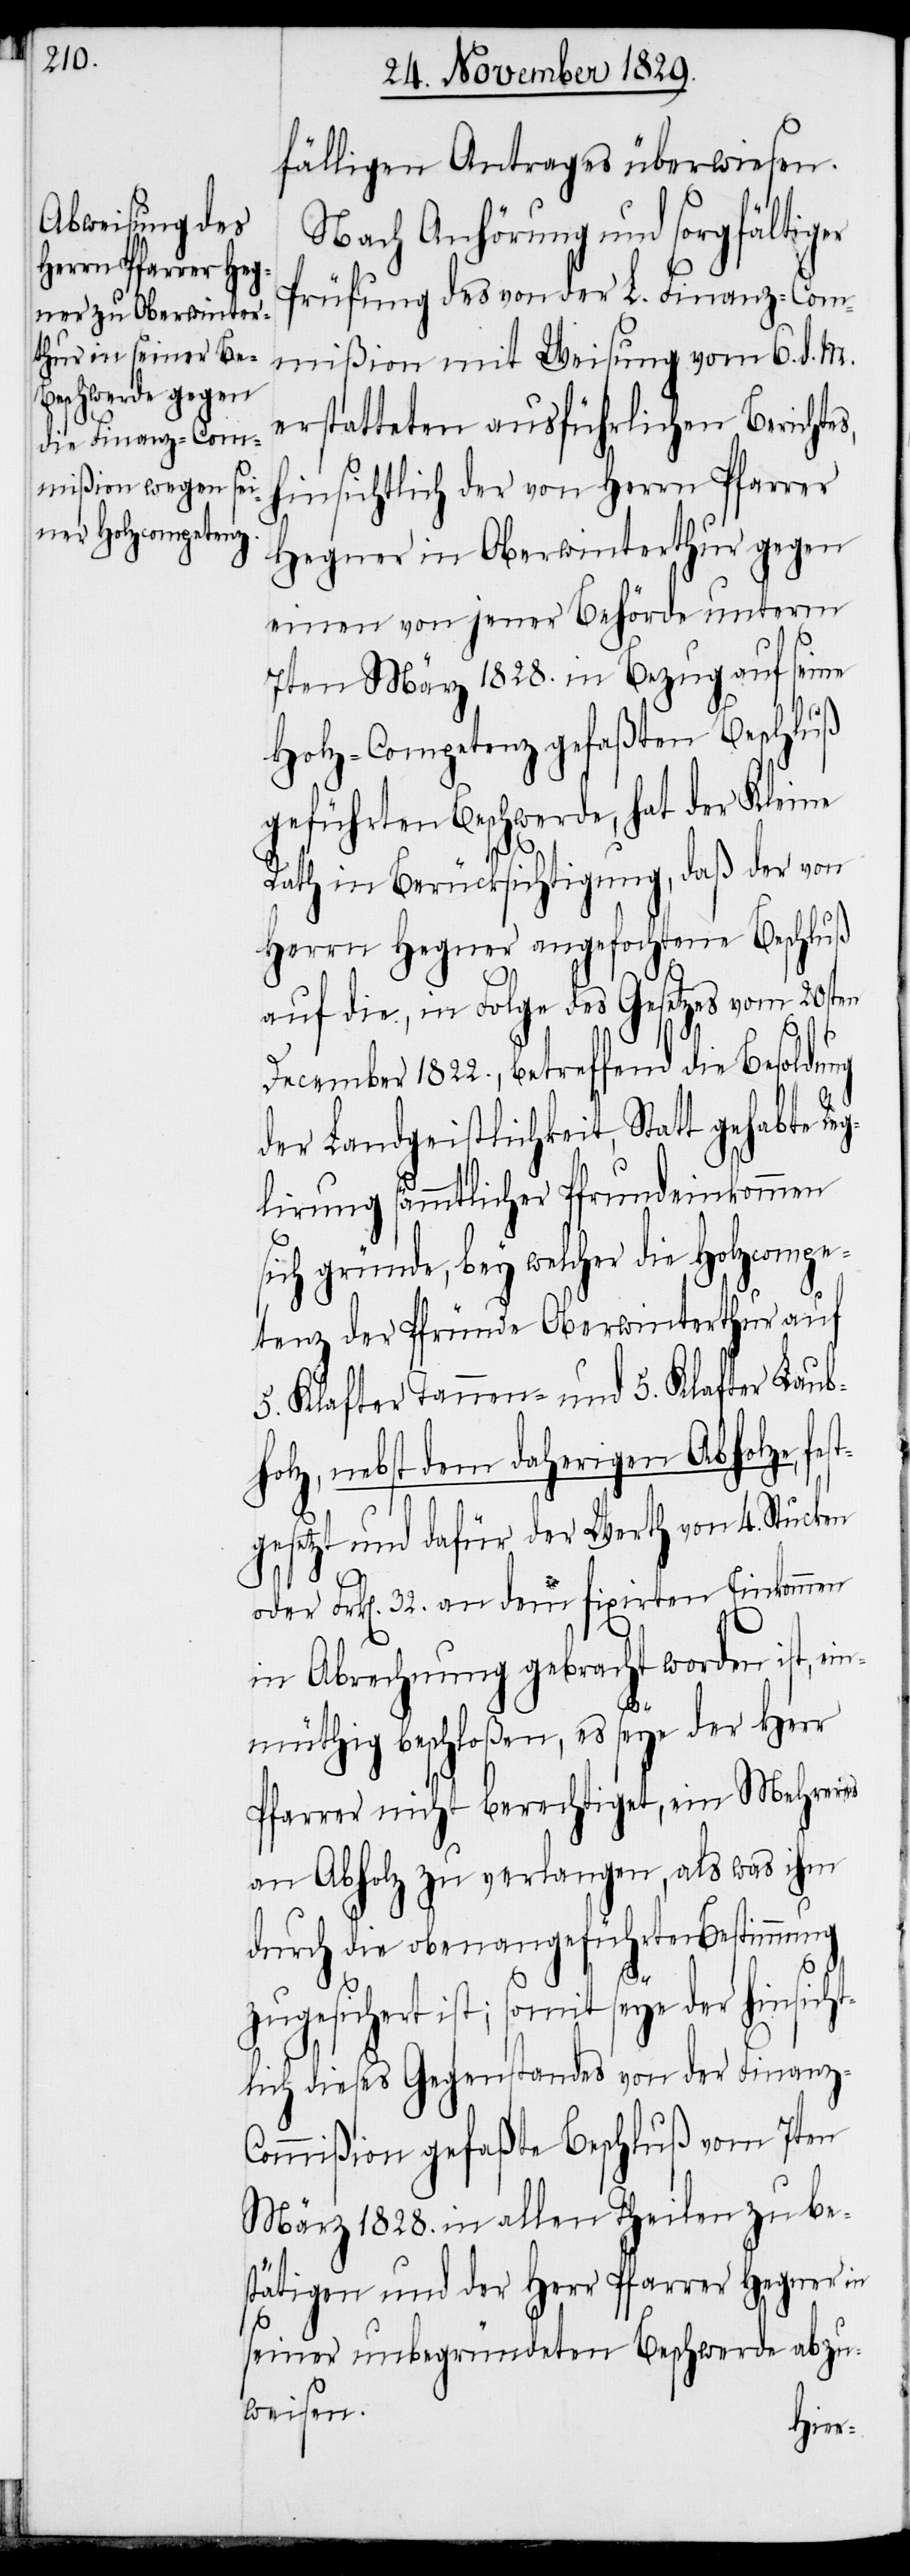
fälligen Antrages überwiesen.
Nach Anhörung und sorgfältiger
Prüfung des von der L. Finanz-Com¬
mißion mit Weisung vom 6. d. M.
erstatteten ausführlichen Berichtes,
hinsichtlich der von Herrn Pfarrer
Hegner in Oberwinterthur gegen
einen von jener Behörde unterm
7ten März 1828. in Bezug auf seine
Holz-Competenz gefaßten Beschluß
geführten Beschwerde, hat der Kleine
Rath in Berücksichtigung, daß der von
Herrn Hegner angeforderte Beschluß
auf die, in Folge des Gesetzes vom 20sten
December 1822., betreffend die Besoldung
der Landgeistlichkeit, Statt gehabte Re¬
glirung sämmtlicher Pfrundeinkommen
sich gründe, bey welcher die Holzcompe¬
tenz der Pfründe Oberwinterthur auf
5. Klafter Tannen- und 5. Klafter Laub¬
holz, nebst dem daherigen Abholze, fe¬
st¬
gesetzt und dafür der Werth von 4. Stucken
oder Frk[en]. 32. an dem fixirten Einkommen
in Abrechnung gebracht worden ist, ein¬
müthig beschloßen, es seye der Herr
Pfarrer nicht berechtiget, ein Mehreres
an Abholz zu verlangen, als was ihm
durch die obenangeführte Bestimmung
zugesichert ist; somit seye der hinsich¬
tlich dieses Gegenstandes von der Finanz-C¬
ommißion gefaßte Beschluß vom 7ten
März 1828. in allen Theilen zu be¬
stätigen und der Herr Pfarrer Hegner in
seiner unbegründeten Beschwerde abzu¬
weisen.